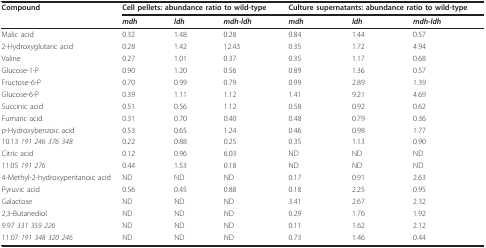
| Compound | <COLSPAN=3> Cell pellets: abundance ratio to wild-type | <COLSPAN=3> Culture supernatants: abundance ratio to wild-type |
 |  | mdh | ldh | mdh-ldh | mdh | ldh | mdh-ldh |
 | --- | --- | --- | --- | --- | --- | --- |
 | Malic acid | 0.32 | 1.48 | 0.28 | 0.84 | 1.44 | 0.57 |
 | 2-Hydroxyglutaric acid | 0.28 | 1.42 | 12.43 | 0.35 | 1.72 | 4.94 |
 | Valine | 0.27 | 1.01 | 0.37 | 0.35 | 1.17 | 0.68 |
 | Glucose-1-P | 0.90 | 1.20 | 0.56 | 0.89 | 1.36 | 0.57 |
 | Fructose-6-P | 0.70 | 0.99 | 0.79 | 0.99 | 2.89 | 1.39 |
 | Glucose-6-P | 0.39 | 1.11 | 1.12 | 1.41 | 9.21 | 4.69 |
 | Succinic acid | 0.51 | 0.56 | 1.12 | 0.58 | 0.92 | 0.62 |
 | Fumaric acid | 0.31 | 0.70 | 0.40 | 0.48 | 0.79 | 0.36 |
 | p-Hydroxybenzoic acid | 0.53 | 0.65 | 1.24 | 0.46 | 0.98 | 1.77 |
 | 10.13 191 246 376 348 | 0.22 | 0.88 | 0.25 | 0.35 | 1.13 | 0.90 |
 | Citric acid | 0.12 | 0.96 | 6.03 | ND | ND | ND |
 | 11.05 191 276 | 0.44 | 1.53 | 0.18 | ND | ND | ND |
 | 4-Methyl-2-hydroxypentanoic acid | ND | ND | ND | 0.17 | 0.91 | 2.63 |
 | Pyruvic acid | 0.56 | 0.45 | 0.88 | 0.18 | 2.25 | 0.95 |
 | Galactose | ND | ND | ND | 3.41 | 2.67 | 2.32 |
 | 2,3-Butanediol | ND | ND | ND | 0.29 | 1.76 | 1.92 |
 | 9.97 331 359 226 | ND | ND | ND | 0.11 | 1.62 | 2.12 |
 | 11.07 191 348 320 246 | ND | ND | ND | 0.73 | 1.46 | 0.44 |